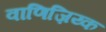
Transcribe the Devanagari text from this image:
वाणिज़िय्क